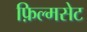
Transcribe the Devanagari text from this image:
फ़िल्मसेट